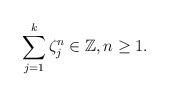
\begin{align*} \sum_{j=1}^{k} \zeta_{j}^{n}\in{\mathbb{Z}}, n\geq 1.\end{align*}